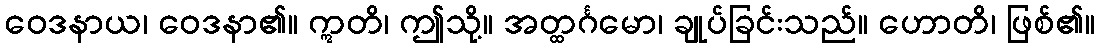
ဝေဒနာယ၊ ဝေဒနာ၏။ ဣတိ၊ ဤသို့။ အတ္ထင်္ဂမော၊ ချုပ်ခြင်းသည်။ ဟောတိ၊ ဖြစ်၏။